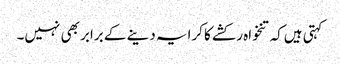
کہتی ہیں‌کہ تنخواہ رکشے کا کرایہ دینے کے برابر بھی نہیں۔